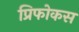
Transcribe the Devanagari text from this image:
प्रिफोकस